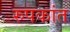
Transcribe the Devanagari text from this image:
रुपकांत